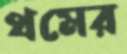
থমের